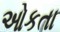
ઓકતા